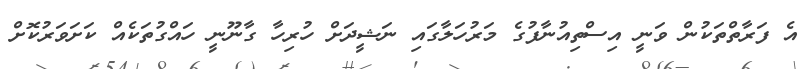
އެ ފަރާތްތަކުން ވަނީ އިސްތިއުނާފުގެ މަރުހަލާގައި ނަޝީދަށް ހުރިހާ ގާނޫނީ ހައްގުތަކެއް ކަށަވަރުކޮށް